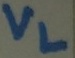
Text: VL